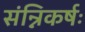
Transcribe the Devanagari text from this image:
संन्निकर्षः